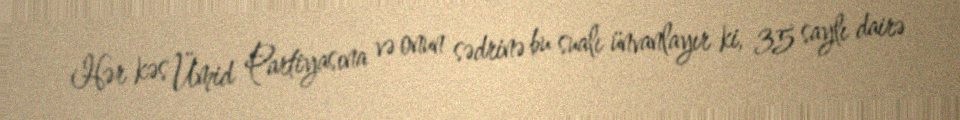
Hər kəs Ümid Partiyasına və onun sədrinə bu sualı ünvanlayır ki, 35 saylı dairə